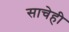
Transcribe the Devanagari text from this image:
साचेही